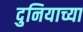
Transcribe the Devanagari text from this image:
दुनियाच्या